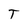
Character: T